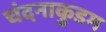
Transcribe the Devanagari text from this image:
चंदनाकुडम